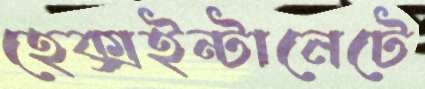
হেক্সইন্টানেটে